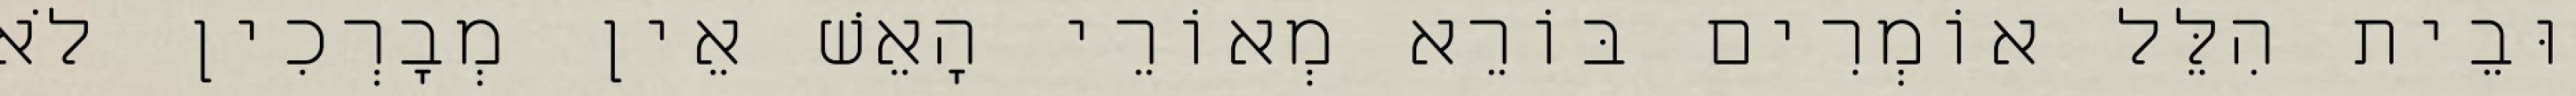
וּבֵית הִלֵּל אוֹמְרִים בּוֹרֵא מְאוֹרֵי הָאֵשׁ אֵין מְבָרְכִין לֹא